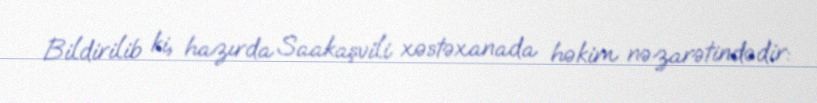
Bildirilib ki, hazırda Saakaşvili xəstəxanada həkim nəzarətindədir: